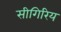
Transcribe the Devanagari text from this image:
सीगिरिय